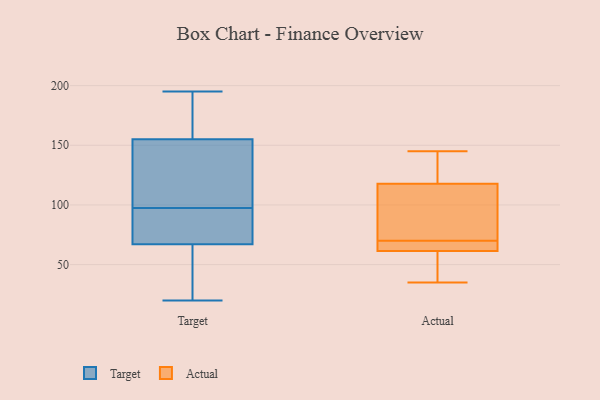
{"axis": {"x": "Operating Costs (USD K)", "y": "Value"}, "legend": ["Actual", "Target"], "data": [{"x": "", "y": 171, "type": "Target"}, {"x": "", "y": 100, "type": "Target"}, {"x": "", "y": 155, "type": "Target"}, {"x": "", "y": 91, "type": "Target"}, {"x": "", "y": 24, "type": "Target"}, {"x": "", "y": 69, "type": "Target"}, {"x": "", "y": 101, "type": "Target"}, {"x": "", "y": 160, "type": "Target"}, {"x": "", "y": 106, "type": "Target"}, {"x": "", "y": 20, "type": "Target"}, {"x": "", "y": 195, "type": "Target"}, {"x": "", "y": 186, "type": "Target"}, {"x": "", "y": 64, "type": "Target"}, {"x": "", "y": 23, "type": "Target"}, {"x": "", "y": 67, "type": "Target"}, {"x": "", "y": 95, "type": "Target"}, {"x": "", "y": 77, "type": "Target"}, {"x": "", "y": 100, "type": "Target"}, {"x": "", "y": 40, "type": "Actual"}, {"x": "", "y": 66, "type": "Actual"}, {"x": "", "y": 60, "type": "Actual"}, {"x": "", "y": 70, "type": "Actual"}, {"x": "", "y": 128, "type": "Actual"}, {"x": "", "y": 68, "type": "Actual"}, {"x": "", "y": 102, "type": "Actual"}, {"x": "", "y": 145, "type": "Actual"}, {"x": "", "y": 101, "type": "Actual"}, {"x": "", "y": 123, "type": "Actual"}, {"x": "", "y": 35, "type": "Actual"}]}